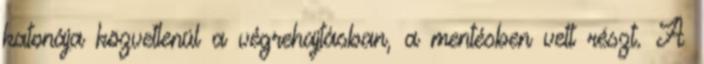
katonája közvetlenül a végrehajtásban, a mentésben vett részt. A